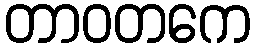
တာဝတကေ